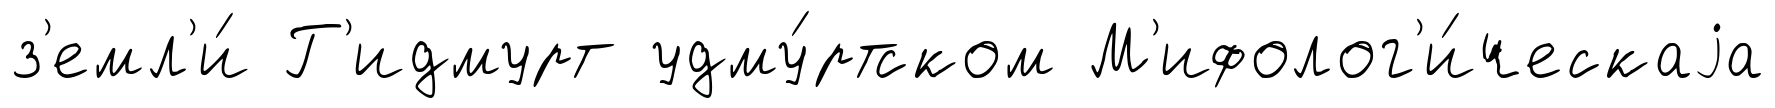
з'емл'и́ Г'идмурт удму́ртском М'ифолог'и́ческаjа